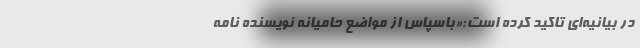
در بیانیه‌ای تاکید کرده است:«باسپاس از مواضع حامیانه نویسنده نامه